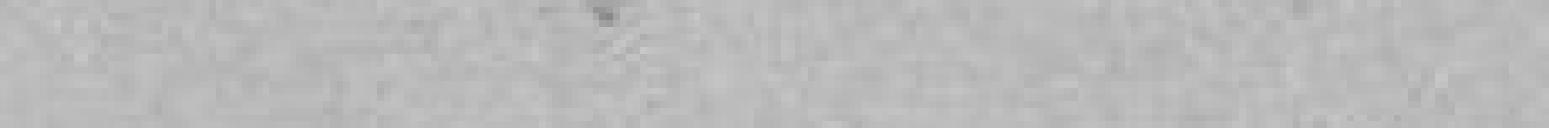
.